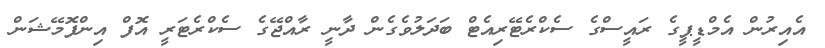
އެއިރުން އެމްޑީޕީގެ ރައީސްގެ ސެކްރެޓޭރިއެޓް ބަދަލުވެގެން ދާނީ ރާއްޖޭގެ ސެކްރެޓަރީ އޮފް އިންފޮމޭޝަން